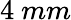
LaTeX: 4\ mm